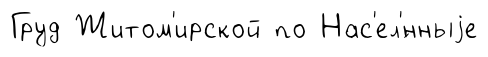
Груд Житом'ирской по Нас'ел'́нныjе